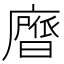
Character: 𭚃